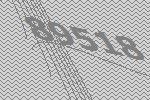
89518